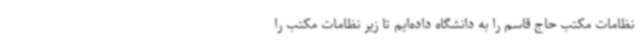
نظامات مکتب حاج قاسم را به دانشگاه داده‌ایم تا زیر نظامات مکتب را